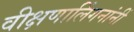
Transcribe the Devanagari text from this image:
वीक्षणालिंगनांनीं